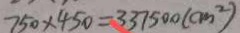
7 5 0 \times 4 5 0 = 3 3 7 5 0 0 ( c m ^ { 2 } )